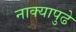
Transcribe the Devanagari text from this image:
नाक्‍यापुढे